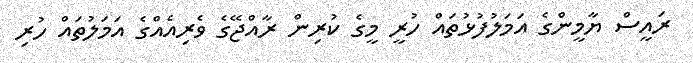
ރައީސް ޔާމީންގެ އަމަލުފުޅުތައް ހުރީ މީގެ ކުރިން ރާއްޖޭގެ ވެރިއެއްގެ އަމަލުތައް ހުރި